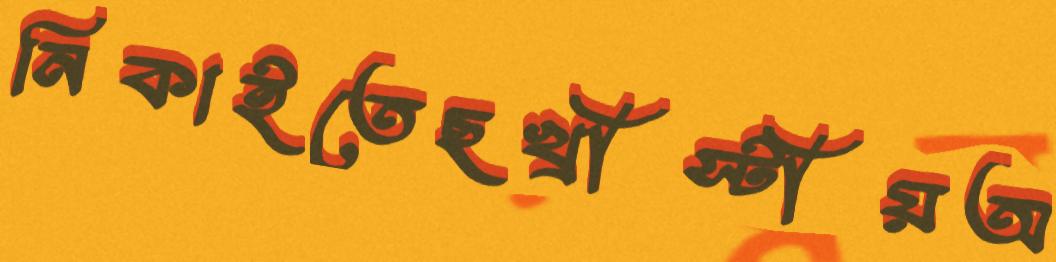
নিকাইতেছখ্রীস্টীয়অ